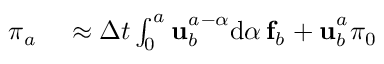
\begin{array} { r l } { \boldsymbol { \pi } _ { a _ { } } } & { { } \approx \Delta t { } \int _ { 0 } ^ { a _ { } } \mathbf { u } _ { b _ { } } ^ { a _ { } - \alpha { } } \mathrm { d } \alpha \, \mathbf { f } _ { b _ { } } + \mathbf { u } _ { b _ { } } ^ { a _ { } } \boldsymbol { \pi } _ { 0 } } \end{array}